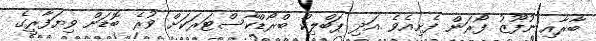
ބާރާއި ނުފޫޒު ފޯރަން ފެށިއެވެ .އަދި ޕަބްލިކް ބްރޯޑްކާސްޓަރަކަށް ވުރެ ބޮޑަށް ވިޔަފާރީގެ